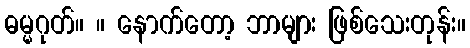
ဓမ္မဂုတ်။ ။ နောက်တော့ ဘာများ ဖြစ်သေးတုန်း။